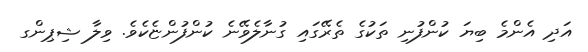
އަދި އެންމެ ބިޔަ ކުންފުނި ތަކުގެ ތެރޭގައި ގުނާލެވޭނެ ކުންފުންޏެކެވެ. ވިލާ ޝިޕިންގ